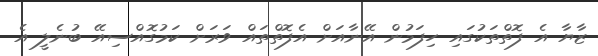
ޒާޔާ އެ ފޮތްތަކުގައި ހިފަމުން އޭނާއަށް އެފޮތްތައް ވަރަށް ކަމުގޮއްސިއޭ ބުނެލީ އެ